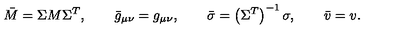
\bar { M } = \Sigma M \Sigma ^ { T } , \qquad \bar { g } _ { \mu \nu } = g _ { \mu \nu } , \qquad \bar { \sigma } = \left( \Sigma ^ { T } \right) ^ { - 1 } \sigma , \qquad \bar { v } = v .